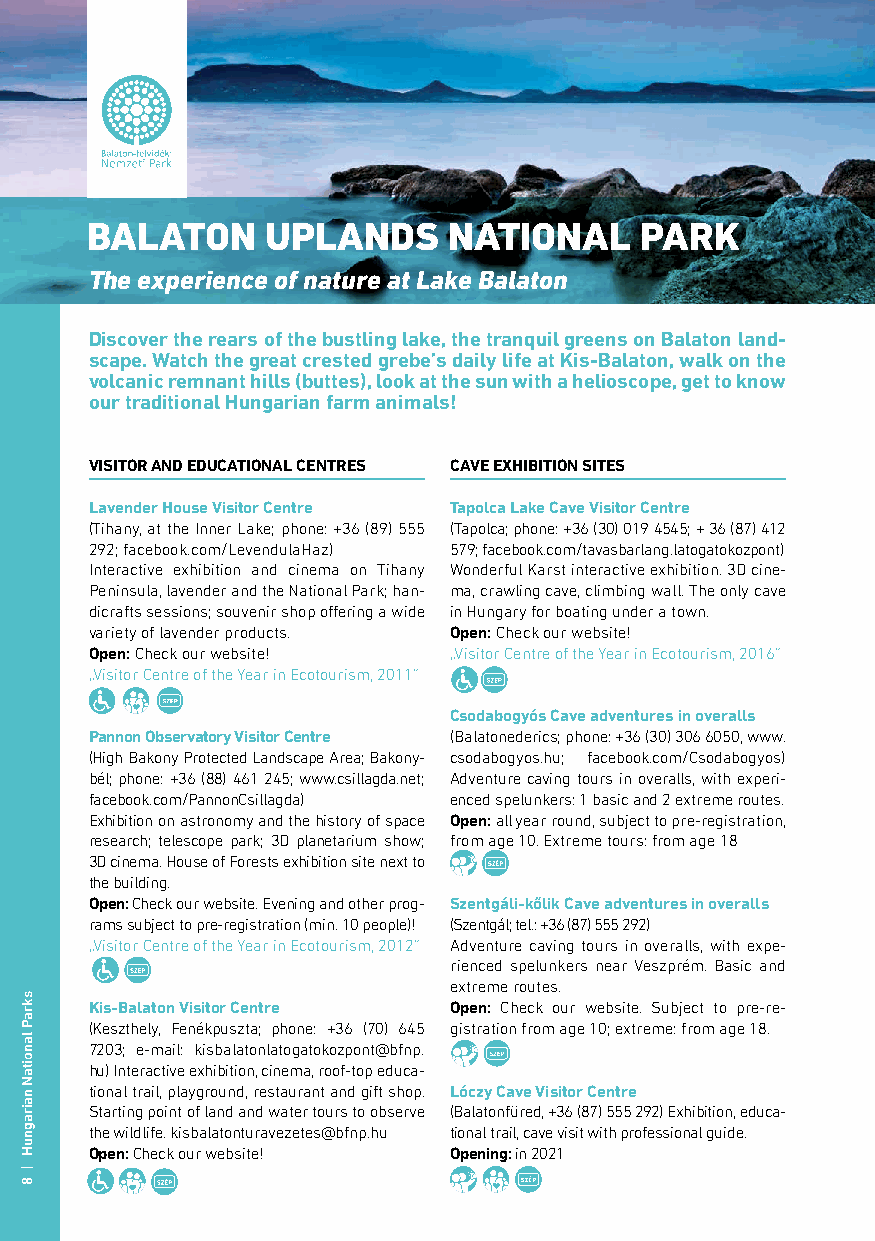
BALATON     UPLANDS     NATIONAL    PARK
 The experience of nature at Lake Balaton
 Discover the rears of the bustling lake, the tranquil greens on Balaton land-
 scape. Watch the great crested grebe’s daily life at Kis-Balaton, walk on the
 volcanic remnant hills (buttes), look at the sun with a helioscope, get to know
 our traditional Hungarian farm animals!
 VISITOR AND EDUCATIONAL CENTRES CAVE EXHIBITION SITES
 Lavender House Visitor Centre Tapolca Lake Cave Visitor Centre
 (Tihany, at the Inner Lake; phone: +36 (89) 555 (Tapolca; phone: +36 (30) 019 4545; + 36 (87) 412
 292; facebook.com/LevendulaHaz) 579; facebook.com/tavasbarlang.latogatokozpont)
 Interactive exhibition and cinema on Tihany Wonderful Karst interactive exhibition. 3D cine-
 Peninsula, lavender and the National Park; han- ma, crawling cave, climbing wall. The only cave
 dicrafts sessions; souvenir shop offering a wide in Hungary for boating under a town.
 variety of lavender products. Open: Check our website!
 Open: Check our website! „Visitor Centre of the Year in Ecotourism, 2016”
 „Visitor Centre of the Year in Ecotourism, 2011”
 Csodabogyós Cave adventures in overalls
 Pannon Observatory Visitor Centre (Balatonederics; phone: +36 (30) 306 6050, www.
 (High Bakony Protected Landscape Area; Bakony- csodabogyos.hu; facebook.com/Csodabogyos)
 bél; phone: +36 (88) 461 245; www.csillagda.net; Adventure caving tours in overalls, with experi-
 facebook.com/PannonCsillagda) enced spelunkers: 1 basic and 2 extreme routes.
 Exhibition on astronomy and the history of space Open: all year round, subject to pre-registration,
 research; telescope park; 3D planetarium show; from age 10. Extreme tours: from age 18
 3D cinema. House of Forests exhibition site next to
 the building.
 Open: Check our website. Evening and other prog- Szentgáli-kőlik Cave adventures in overalls
 rams subject to pre-registration (min. 10 people)! (Szentgál; tel.: +36 (87) 555 292)
 „Visitor Centre of the Year in Ecotourism, 2012” Adventure caving tours in overalls, with expe-
 rienced spelunkers near Veszprém. Basic and
 extreme routes.
 Kis-Balaton Visitor Centre Open: Check our website. Subject to pre-re-
 (Keszthely, Fenékpuszta; phone: +36 (70) 645 gistration from age 10; extreme: from age 18.
 7203; e-mail: kisbalatonlatogatokozpont@bfnp.
 hu) Interactive exhibition, cinema, roof-top educa-
 tional trail, playground, restaurant and gift shop. Lóczy Cave Visitor Centre
 Starting point of land and water tours to observe (Balatonfüred, +36 (87) 555 292) Exhibition, educa-
 the wildlife. kisbalatonturavezetes@bfnp.hu tional trail, cave visit with professional guide.
 Open: Check our website! Opening: in 2021
 skraP
 lanoitaN
 nairagnuH
 |
 8